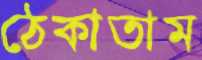
ঠেকাতাম